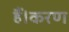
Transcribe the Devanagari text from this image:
हैं।करण